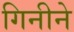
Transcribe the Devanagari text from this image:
गिनीने